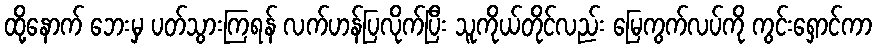
ထို့နောက် ဘေးမှ ပတ်သွားကြရန် လက်ဟန်ပြလိုက်ပြီး သူကိုယ်တိုင်လည်း မြေကွက်လပ်ကို ကွင်းရှောင်ကာ